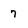
Character: 7